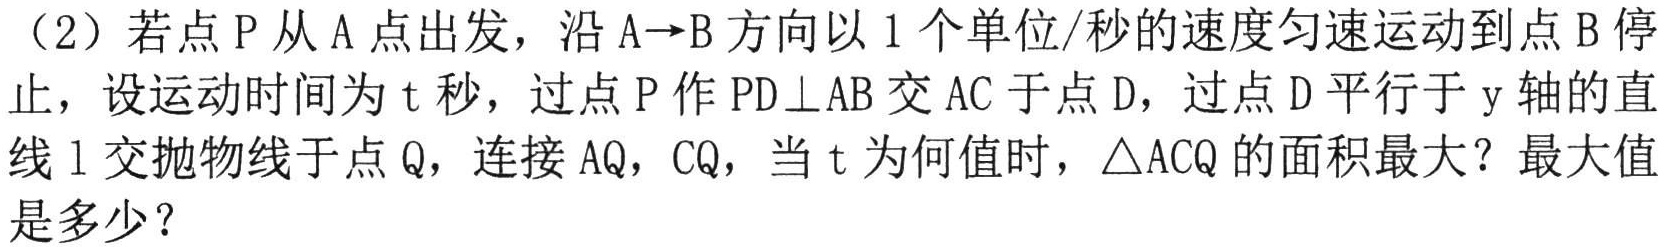
（2）若点$P$从$A$点出发，沿$A \to B$方向以$1$个单位/秒的速度匀速运动到点$B$停止，设运动时间为$t$秒，过点$P$作$PD\perp AB$交$AC$于点$D$，过点$D$平行于$y$轴的直线$l$交抛物线于点$Q$，连接$AQ$，$CQ$，当$t$为何值时，$\triangle ACQ$的面积最大？最大值是多少？